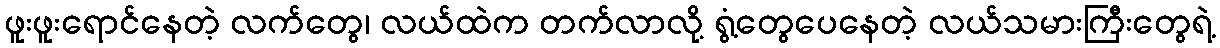
ဖူးဖူးရောင်နေတဲ့ လက်တွေ၊ လယ်ထဲက တက်လာလို့ ရွံ့တွေပေနေတဲ့ လယ်သမားကြီးတွေရဲ့